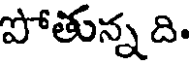
పోతున్న ది.